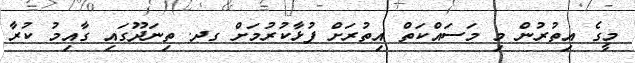
މީގެ އިތުރުން މި މަސައްކަތް އިތުރަށް ފުޅާކުރުމަށް ގދ. ތިނަދޫގައި ގާއިމު ކުރާ